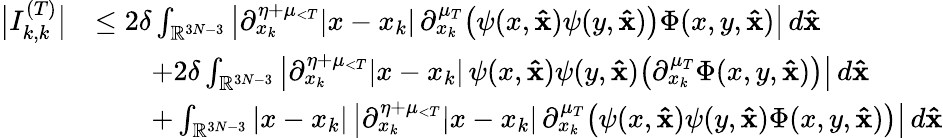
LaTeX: \begin{array}{rl}{\big|I_{k,k}^{(T)}\big|}&{\le 2\delta\int_{\mathbb{R}^{3N-3}}\big|\partial_{x_{k}}^{\eta+\mu_{<T}}|x-x_{k}|\, \partial_{x_{k}}^{\mu_{T}}\big(\psi(x,\mathbf{\hat{x}})\psi(y,\mathbf{\hat{x}})\big)\Phi(x,y,\mathbf{\hat{x}})\big|\, d\mathbf{\hat{x}}}\\ &{\qquad+2\delta\int_{\mathbb{R}^{3N-3}}\big|\partial_{x_{k}}^{\eta+\mu_{<T}}|x-x_{k}|\, \psi(x,\mathbf{\hat{x}})\psi(y,\mathbf{\hat{x}})\big(\partial_{x_{k}}^{\mu_{T}}\Phi(x,y,\mathbf{\hat{x}})\big)\big|\, d\mathbf{\hat{x}}}\\ &{\qquad+\int_{\mathbb{R}^{3N-3}}|x-x_{k}|\, \big|\partial_{x_{k}}^{\eta+\mu_{<T}}|x-x_{k}|\, \partial_{x_{k}}^{\mu_{T}}\big(\psi(x,\mathbf{\hat{x}})\psi(y,\mathbf{\hat{x}})\Phi(x,y,\mathbf{\hat{x}})\big)\big|\, d\mathbf{\hat{x}}}\end{array}